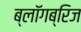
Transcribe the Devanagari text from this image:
ब्लॉगब्रिज